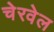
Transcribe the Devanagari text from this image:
चेरवेल